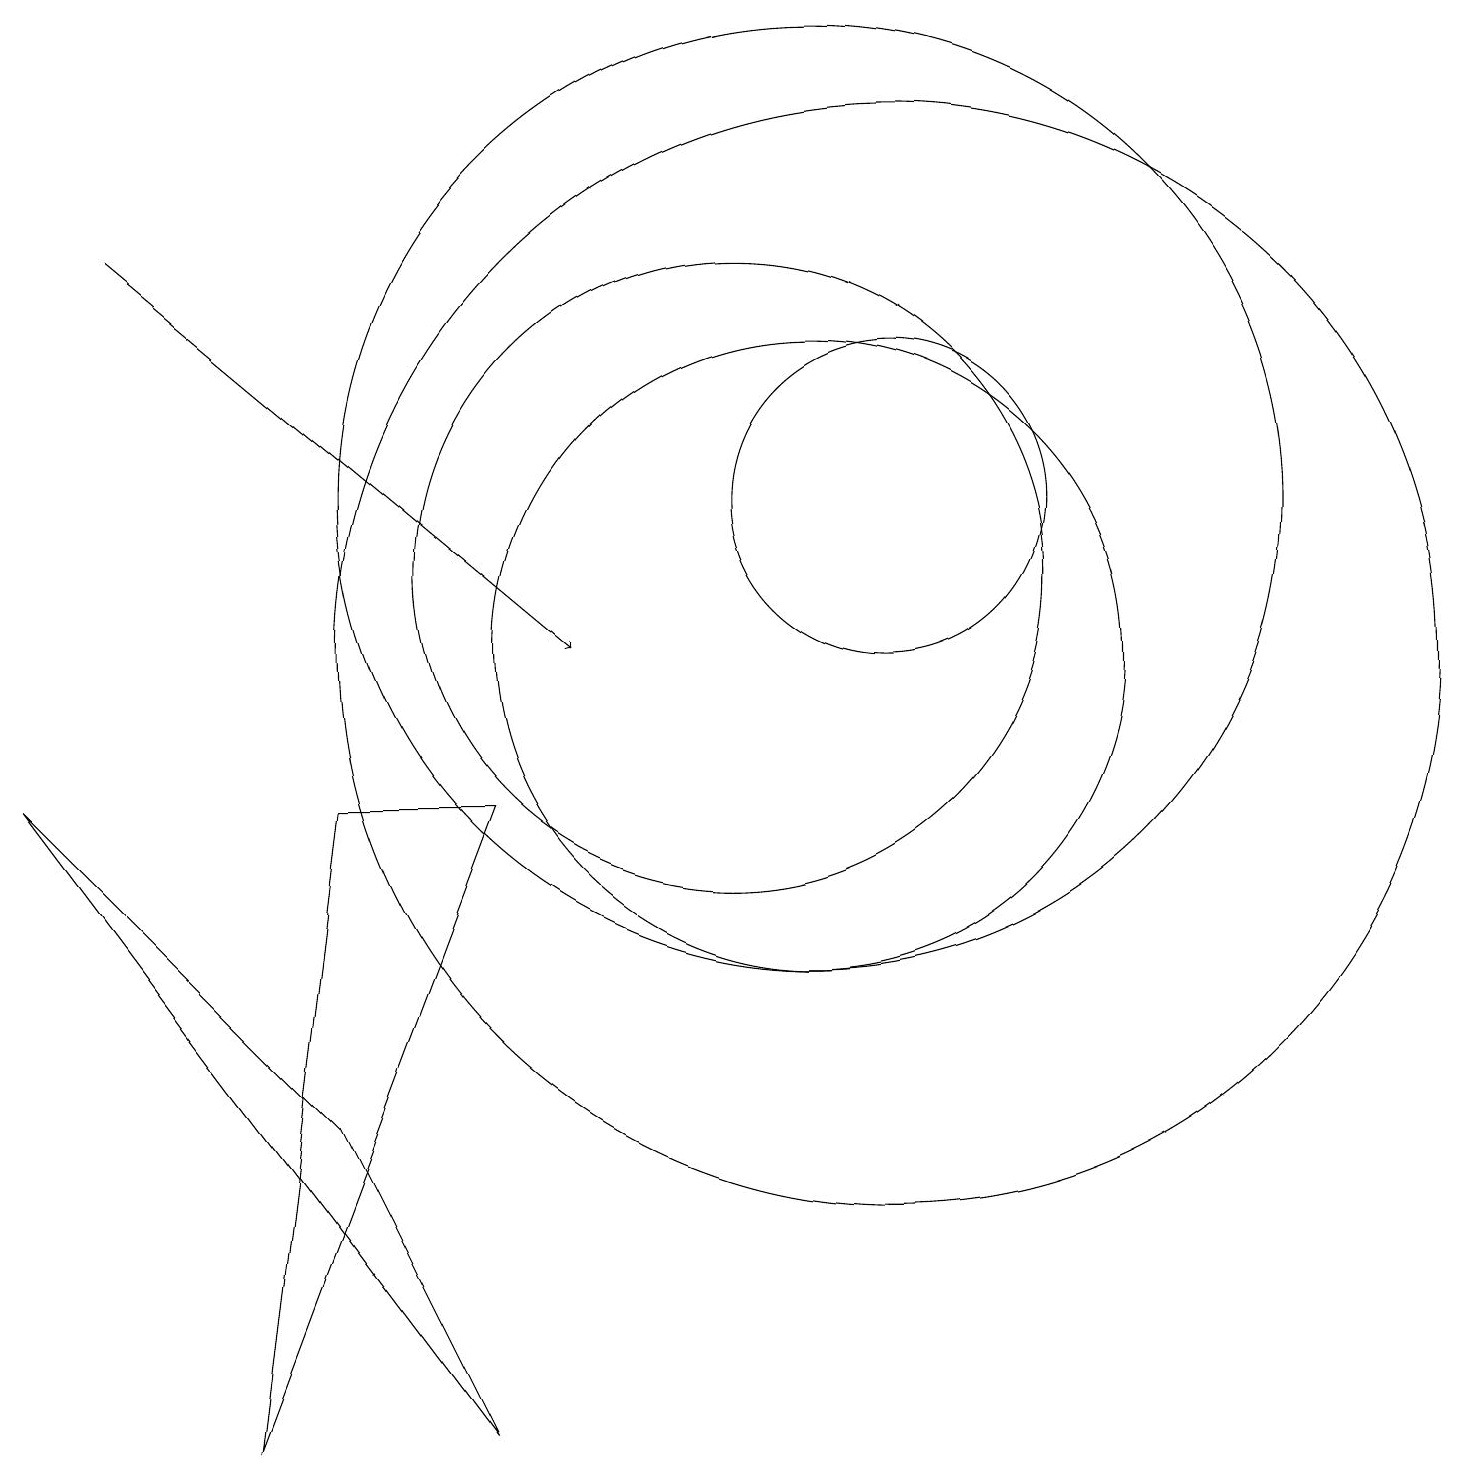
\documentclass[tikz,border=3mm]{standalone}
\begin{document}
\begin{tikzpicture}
\draw (11,12) circle (6);
\draw (11,10) circle (4);
\draw[->] (2,15) -- (8,10);
\draw (10,11) circle (4);
\draw (7,8) -- (5,8) -- (4,0) -- cycle;
\draw (12,10) circle (7);
\draw (5,4) -- (1,8) -- (7,0) -- cycle;
\draw (12,12) circle (2);
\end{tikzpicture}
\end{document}